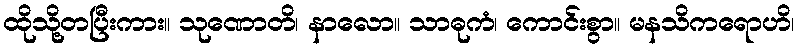
ထိုသို့တပြီးကား။ သုဏောတိ၊ နာလော။ သာဓုကံ၊ ကောင်းစွာ။ မနသိကရောဟိ၊